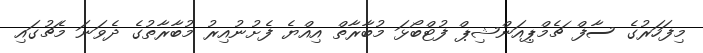
މިފަހަރުގެ ސާފް ޗެމްޕިއަންޝިޕް ފުޓްބޯޅަ މުބާރާތް އިއްޔެ ފެށުނުއިރު މުބާރާތުގެ ދެވަނަ މެޗުގައި